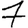
Digit: 7